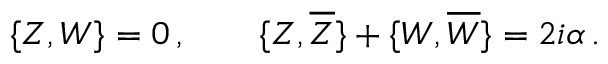
\{ Z , W \} = 0 \, , \qquad \{ Z , \overline { { { Z } } } \} + \{ W , \overline { { { W } } } \} = 2 i \alpha \, .